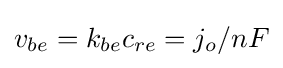
v_{be}=k_{be}c_{re}=j_{o}/nF